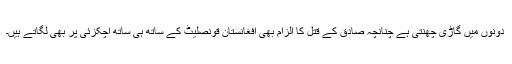
دونوں میں گاڑی چھنتی ہے چنانچہ صادق کے قتل کا الزام بھی افغانستان قونصلیٹ کے ساتھ ہی ساتھ اچکزئی پر بھی لگاتے ہیں۔